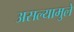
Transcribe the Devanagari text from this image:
असल्यामुले